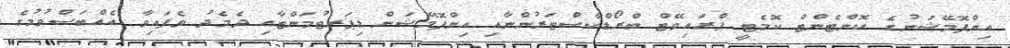
އިންފޮމޭޝަނުގެ ކޮންޓެންޓް ކޮމެޓީ ޕްރައިވޭޓް ބްރޯޑްކާސްޓަރުންނާއި އިންފޮމޭޝަން ޑިޕަރޓުމަންޓާއި ދެމެދު ވެފައިވާ އެއްބަސްވުމުގެ